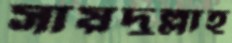
সায়দুল্লাহ